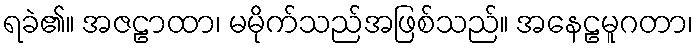
ရခဲ၏။ အဇဠာထာ၊ မမိုက်သည်အဖြစ်သည်။ အနေဠမူဂတာ၊